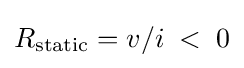
R_{\text{static}}=v/i\;<\;0